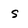
Character: s